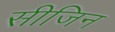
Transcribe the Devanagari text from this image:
सीजिन